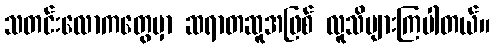
သတင်းလောကတွေမှာ ဆရာတဆူအဖြစ် လူသိများကြပါတယ်။